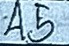
45